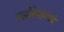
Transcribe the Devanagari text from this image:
फ्लोरेन्समध्ये